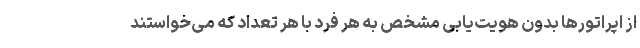
از اپراتورها بدون هویت‌یابی مشخص به هر فرد با هر تعداد که می‌خواستند